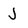
Character: J